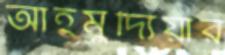
আহমুদ্যিয়ার